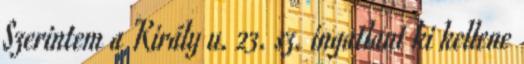
Szerintem a Király u. 23. sz. ingatlant ki kellene